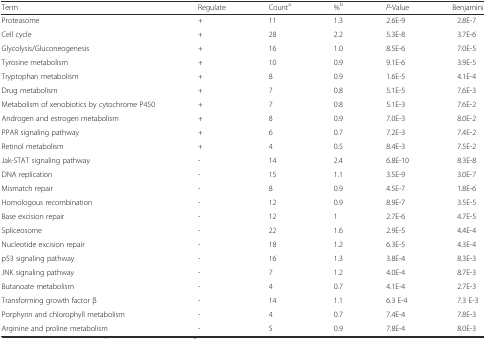
| Term | Regulate | Counta | %b | P-Value | Benjamini |
 | --- | --- | --- | --- | --- | --- |
 | Proteasome | + | 11 | 1.3 | 2.6E-9 | 2.8E-7 |
 | Cell cycle | + | 28 | 2.2 | 5.3E-8 | 3.7E-6 |
 | Glycolysis/Gluconeogenesis | + | 16 | 1.0 | 8.5E-6 | 7.0E-5 |
 | Tyrosine metabolism | + | 10 | 0.9 | 9.1E-6 | 3.9E-5 |
 | Tryptophan metabolism | + | 8 | 0.9 | 1.6E-5 | 4.1E-4 |
 | Drug metabolism | + | 7 | 0.8 | 5.1E-5 | 7.6E-3 |
 | Metabolism of xenobiotics by cytochrome P450 | + | 7 | 0.8 | 5.1E-3 | 7.6E-2 |
 | Androgen and estrogen metabolism | + | 8 | 0.9 | 7.0E-3 | 8.0E-2 |
 | PPAR signaling pathway | + | 6 | 0.7 | 7.2E-3 | 7.4E-2 |
 | Retinol metabolism | + | 4 | 0.5 | 8.4E-3 | 7.5E-2 |
 | Jak-STAT signaling pathway | - | 14 | 2.4 | 6.8E-10 | 8.3E-8 |
 | DNA replication | - | 15 | 1.1 | 3.5E-9 | 3.0E-7 |
 | Mismatch repair | - | 8 | 0.9 | 4.5E-7 | 1.8E-6 |
 | Homologous recombination | - | 12 | 0.9 | 8.9E-7 | 3.5E-5 |
 | Base excision repair | - | 12 | 1 | 2.7E-6 | 4.7E-5 |
 | Spliceosome | - | 22 | 1.6 | 2.9E-5 | 4.4E-4 |
 | Nucleotide excision repair | - | 18 | 1.2 | 6.3E-5 | 4.3E-4 |
 | p53 signaling pathway | - | 16 | 1.3 | 3.8E-4 | 8.3E-3 |
 | JNK signaling pathway | - | 7 | 1.2 | 4.0E-4 | 8.7E-3 |
 | Butanoate metabolism | - | 4 | 0.7 | 4.1E-4 | 2.7E-3 |
 | Transforming growth factor β | - | 14 | 1.1 | 6.3 E-4 | 7.3 E-3 |
 | Porphyrin and chlorophyll metabolism | - | 4 | 0.7 | 7.4E-4 | 7.8E-3 |
 | Arginine and proline metabolism | - | 5 | 0.9 | 7.8E-4 | 8.0E-3 |